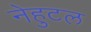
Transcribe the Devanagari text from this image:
नेहुटल